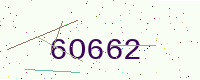
Text: 6O662